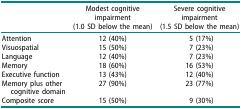
<table><thead><tr><td><b> </b></td><td><b>Modest cognitive impairment (1.0 SD below the mean)</b></td><td><b>Severe cognitive impairment (1.5 SD below the mean)</b></td></tr></thead><tbody><tr><td>Attention</td><td>12 (40%)</td><td>5 (17%)</td></tr><tr><td>Visuospatial</td><td>15 (50%)</td><td>7 (23%)</td></tr><tr><td>Language</td><td>12 (40%)</td><td>7 (23%)</td></tr><tr><td>Memory</td><td>18 (60%)</td><td>16 (53%)</td></tr><tr><td>Executive function</td><td>13 (43%)</td><td>12 (40%)</td></tr><tr><td>Memory plus other cognitive domain</td><td>27 (90%)</td><td>23 (77%)</td></tr><tr><td>Composite score</td><td>15 (50%)</td><td>9 (30%)</td></tr></tbody></table>